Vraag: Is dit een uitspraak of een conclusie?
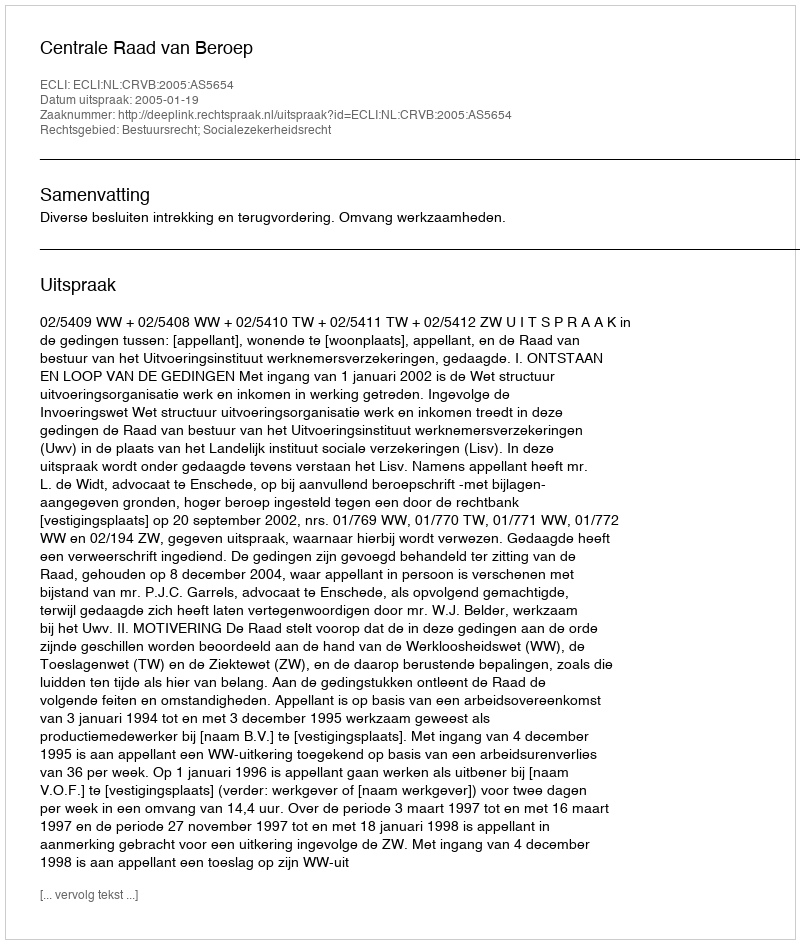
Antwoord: Uitspraak